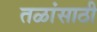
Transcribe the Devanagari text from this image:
तळांसाठी